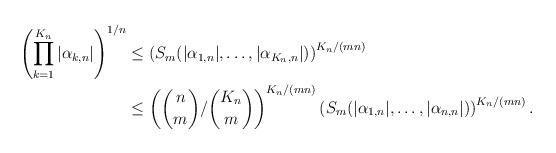
LaTeX: \begin{align*}\left(\prod_{k=1}^{K_n} |\alpha_{k,n}|\right)^{1/n} &\le \left(S_m(|\alpha_{1,n}|,\ldots,|\alpha_{K_n,n}|)\right)^{K_n/(mn)} \\ &\le \left(\binom{n}{m} / \binom{K_n}{m}\right)^{K_n/(mn)} \left(S_m(|\alpha_{1,n}|,\ldots,|\alpha_{n,n}|)\right)^{K_n/(mn)}.\end{align*}